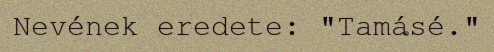
Nevének eredete: "Tamásé."